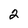
Character: 2